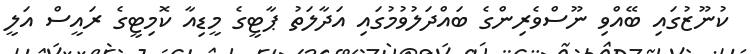
ކުނޫޒުގައި ބޭއްވި ނޫސްވެރިންގެ ބައްދަލުވުމުގައި އަދާލަތު ޕާޓީގެ މީޑިއާ ކޮމިޓީގެ ރައީސް އަލީ